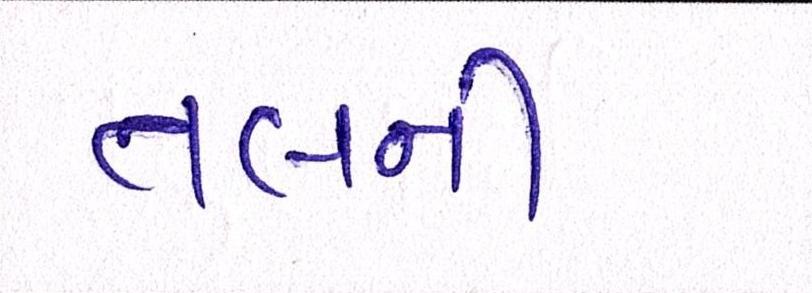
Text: તલની